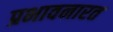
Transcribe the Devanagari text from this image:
प्रभावनारत